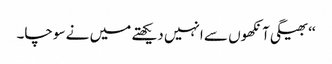
‘‘ بھیگی آنکھوں سے انہیں دیکھتے میں نے سوچا۔